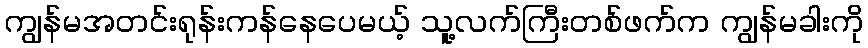
ကျွန်မအတင်းရုန်းကန်နေပေမယ့် သူ့လက်ကြီးတစ်ဖက်က ကျွန်မခါးကို